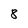
Character: 8